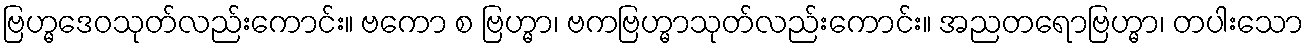
ဗြဟ္မဒေဝသုတ်လည်းကောင်း။ ဗကော စ ဗြဟ္မာ၊ ဗကဗြဟ္မာသုတ်လည်းကောင်း။ အညတရောဗြဟ္မာ၊ တပါးသော